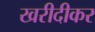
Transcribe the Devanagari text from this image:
खरीदीकर